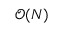
\mathcal { O } ( N )